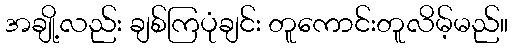
အချို့လည်း ချစ်ကြပုံချင်း တူကောင်းတူလိမ့်မည်။